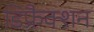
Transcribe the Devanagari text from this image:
डिफ्रैक्शन